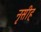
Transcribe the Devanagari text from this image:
नृसीह